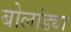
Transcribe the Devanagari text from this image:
बोलांड्या